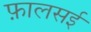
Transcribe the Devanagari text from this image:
फ़ालसई